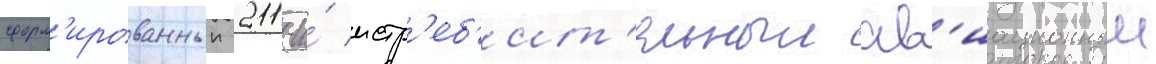
сформ'ированныи 211-и́ истр'еб'ит'ельныи ав'иационныи